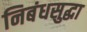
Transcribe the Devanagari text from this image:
निबंधसुद्धा